Annual vaccination report of Bihar and Orissa - 1911-1928
Year: 1911
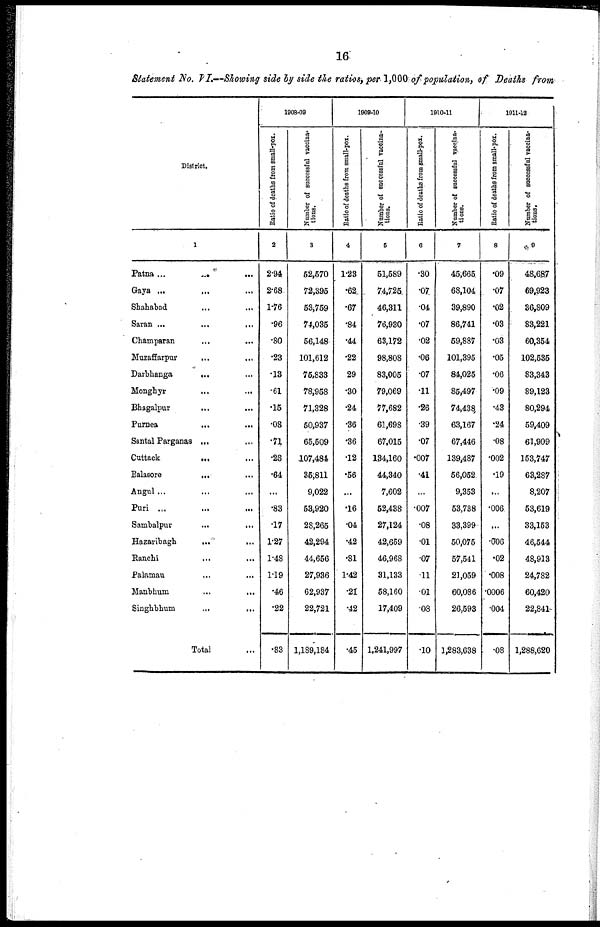
16
Statement No. VI.—Showing side by side the ratios, per 1,000 of population, of Deaths from
District.
1
Patna
...
...
...
Gaya ... ... ...
Shahabad ... ...
Saran ... ...
Champaran ... ...
Muzaffarpur ... ...
Darbhanga ... ...
Monghyr ... ...
Bhagalpur
...
...
Purnea
...
...
Santal Parganas ... ...
Cuttack
...
...
Balasore
...
...
Angul... ... ...
Puri
...
...
...
Sambalpur
...
...
Hazaribagh
...
...
Ranchi
...
...
Palamau ... ...
Manbhum ... ...
Singhbhum
...
...
Total ...
1908-09
Ratio of deaths from small-pox.
2
2.94
2.68
1.76
.96
.80
.23
.13
.61
.15
.08
.71
.28
.64
...
.83
.17
1.27
1.48
1.19
.46
.22
.83
Number of successful vaccina-
tions.
3
52,570
72,395
53,759
74,035
56,148
101,612
75,833
78,958
71,328
50,937
65,509
107,484
35,811
9,022
53,920
28,265
42,294
44,656
27,936
62,937
22,721
1,189,184
1909-10
Ratio of deaths from small-pox.
4
1.23
.62
.67
.84
.44
.22
29
.30
.24
.36
.36
.12
.56
...
.16
.04
.42
.81
1.42
.21
.42
.45
Number of successful vaccina-
tions.
5
51,589
74,725
46,311
76,930
63,172
98,808
83,005
79,069
77,682
61,698
67,015
134,160
44,340
7,602
52,438
27,124
42,659
46,968
31,133
58,160
17,409
1,241,997
1910-11
Ratio of deaths from small-pox.
6
.30
.07
.04
.07
.02
.06
.07
.11
.26
.39
.07
.007
.41
...
.007
.08
.01
.07
11
.01
.08
. 10
Number of successful vaccina-
tions.
7
45,665
68,104
39,890
86,741
59,887
101,395
84,025
85,497
74,438
63,167
67,446
139,487
56,052
9,353
53,738
33,399
50,075
57,541
21,059
60,086
26,593
1,283,638
1911-12
Ratio of deaths from small-pox.
8
.09
.07
.02
.03
.03
.05
.06
.09
.43
.24
.08
.002
.19
...
.006
...
.006
.02
.008
.0006
.004
.08
Number of successful vaccina-
tions.
9
48,687
69,923
36,809
83,221
60,354
102,535
83,343
89,123
80,294
59,409
61,909
153,747
63,287
8,207
53,619
33,153
46,544
48,913
24,782
60,420
22,841
1,288,620